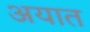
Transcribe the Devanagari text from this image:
अयात